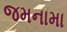
જમનામા